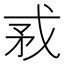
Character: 𢦵